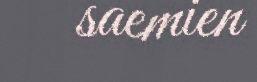
saemien